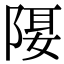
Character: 𨺿